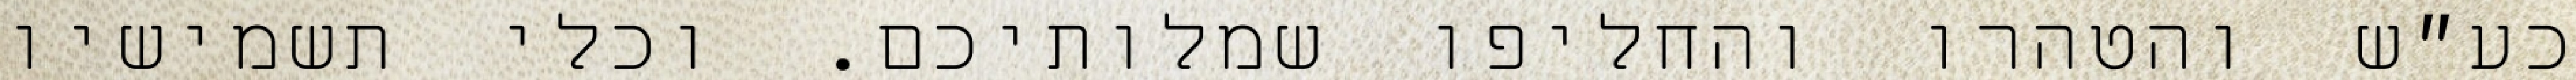
כע״ש והטהרו והחליפו שמלותיכם. וכלי תשמישיו